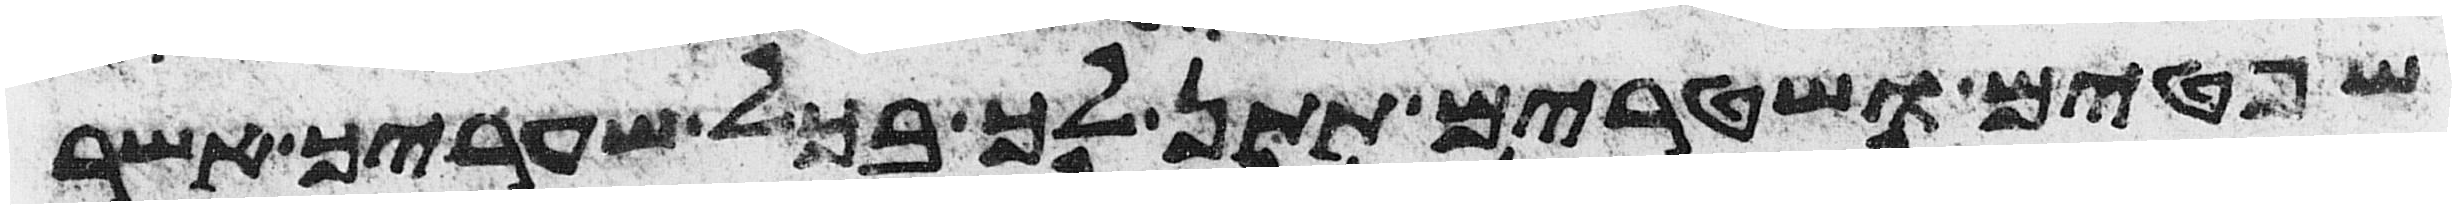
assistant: שפטים ושטרים תתן לך בכל שעריך אשר